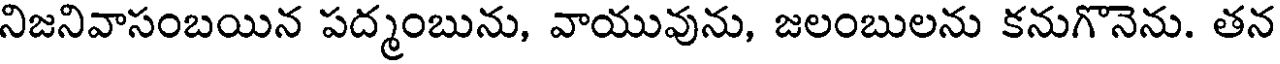
నిజనివాసంబయిన పద్మంబును, వాయువును, జలంబులను కనుగొనెను. తన